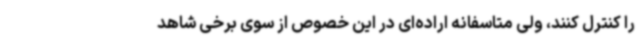
را کنترل کنند، ولی متاسفانه اراده‌ای در این خصوص از سوی برخی شاهد